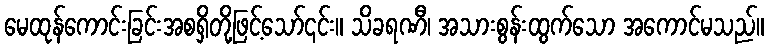
မေထုန်ကောင်းခြင်းအစရှိတို့ဖြင့်သော်၎င်း။ သိခရဏီ၊ အသားစွန်းထွက်သော အကောင်မသည်။